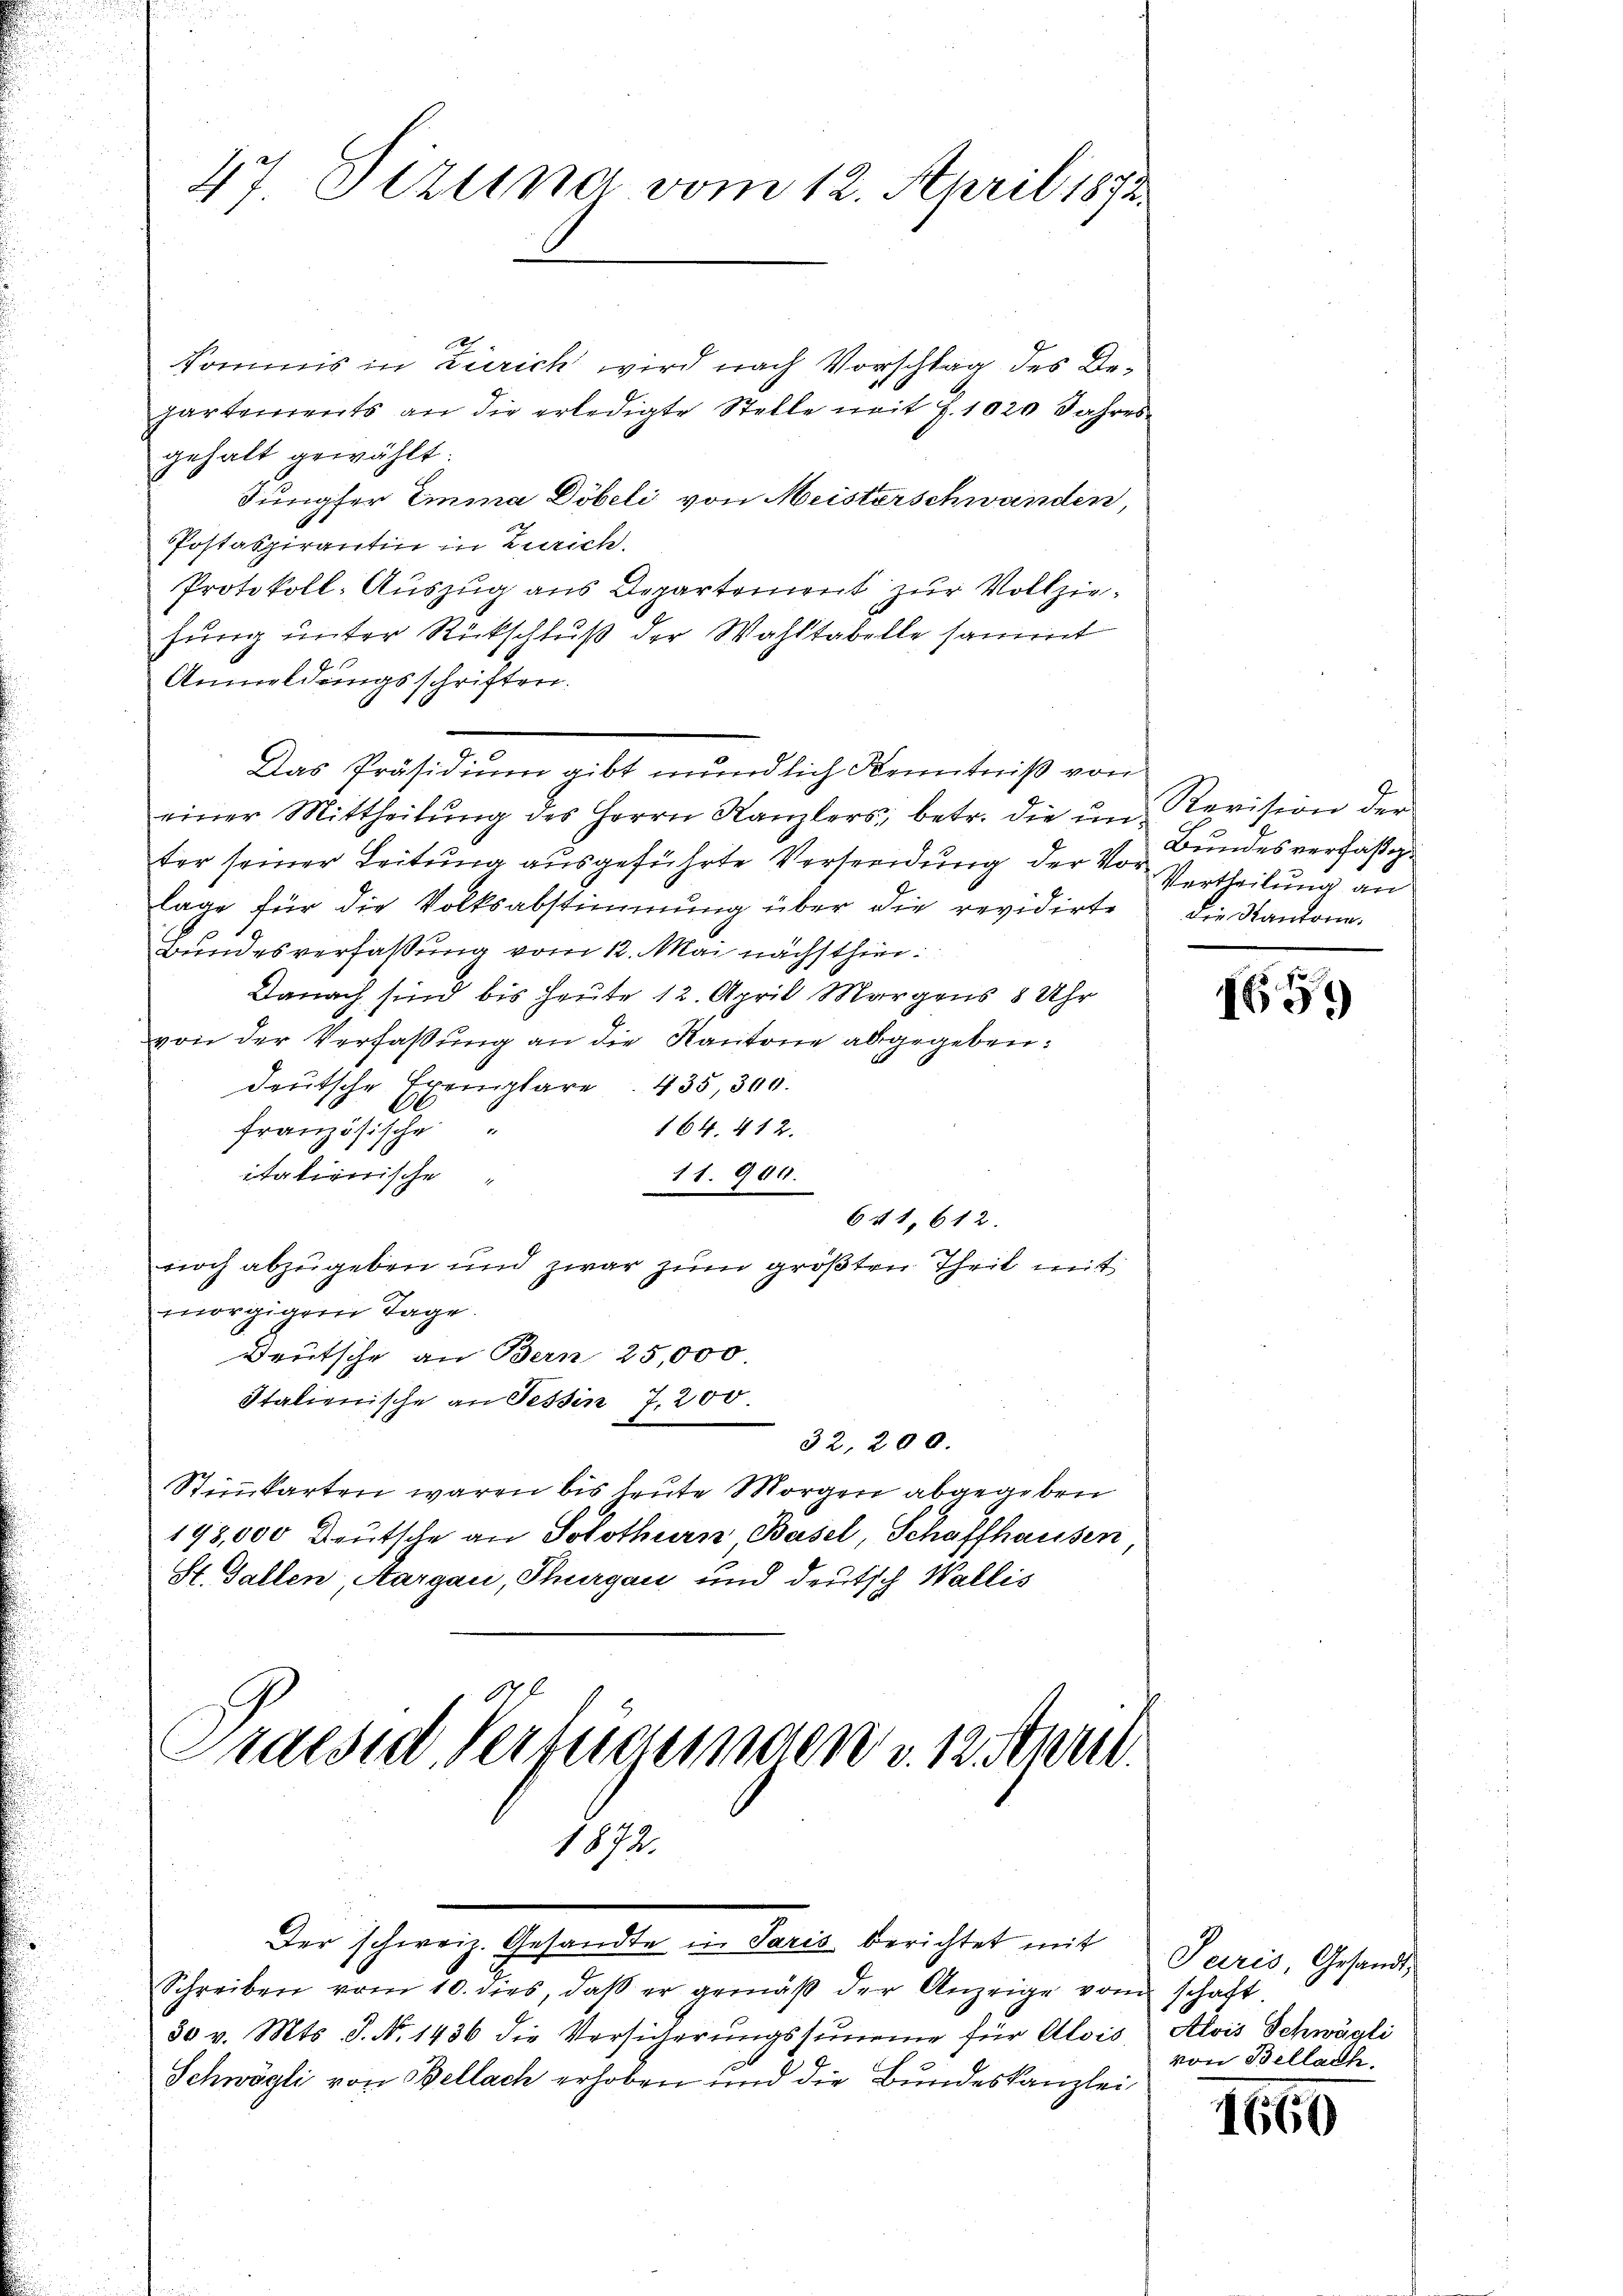
47 Sezung vom 12. April 1873.

e
kommis in Zürich wird nach Vorschlag des Departements an die erledigte Stelle mit J. 1020 Jahres
gehalt gewählt:
Jungfer Emma Döbeli von Meisterschwanden,
Postaspirantin in Zürich.
Protokoll-Auszug aus Departement zur Vollziefung unter Rückschluß der Wahltabelle sammt
Anmeldungsschriften.
einer Mittheilŭng des Herrn Kanzlers, betr. die im Revision der
ter seiner Leitung ausgeführte Versendung der Vor Vertheilung an
lage für die Volksabstimmung über die revidirte die Kantona
Bundesverfaßung vom 12. Mai nächsthier¬
Danach sind bis heute 12. April Morgens 8 Uhr
von der Verfaßung an die Kantone abgegeben:
deutsche Exemplare . 435, 300.
französische
164, 412.
itatirerische
11. 900.
641, 612.
noch abzugeben und zwar zum größten Theil mit
morgigen Tage.
Deutsche an Bern 25,000
Italienische an Tessin 7,200.
32,200.
Stimmkarten waren bis heute Morgen abgegeben
198,000 Deutsche an Solothurn Basel, Schaffhausen
St. Gallen, Aargau, Thurgau und deutsch Wallis
Praesid. Verfügungen v. 12ten
1872.
Der schweiz. Gesandte in Paris berichtet mit
Schreiben vom 10. dies, daß er gemäβ der Anzeige vom schaft.
30 v. Mts. S. N. 1436 die Versicherŭngssumme für Alois Alois Schwägli
Schwägli von Bellach erhoben und die Bundeskanzlei

Das Präsidium gibt mündlich Kenntniß von

Bundesverfähig

1659

Paris, Gesandt,
von Bellach.

1660